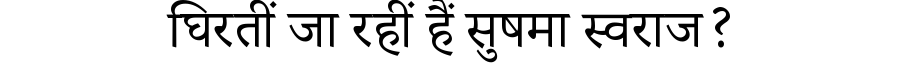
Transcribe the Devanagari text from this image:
घिरतीं जा रहीं हैं सुषमा स्वराज?